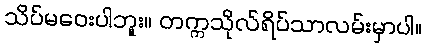
သိပ်မဝေးပါဘူး။ တက္ကသိုလ်ရိပ်သာလမ်းမှာပါ။